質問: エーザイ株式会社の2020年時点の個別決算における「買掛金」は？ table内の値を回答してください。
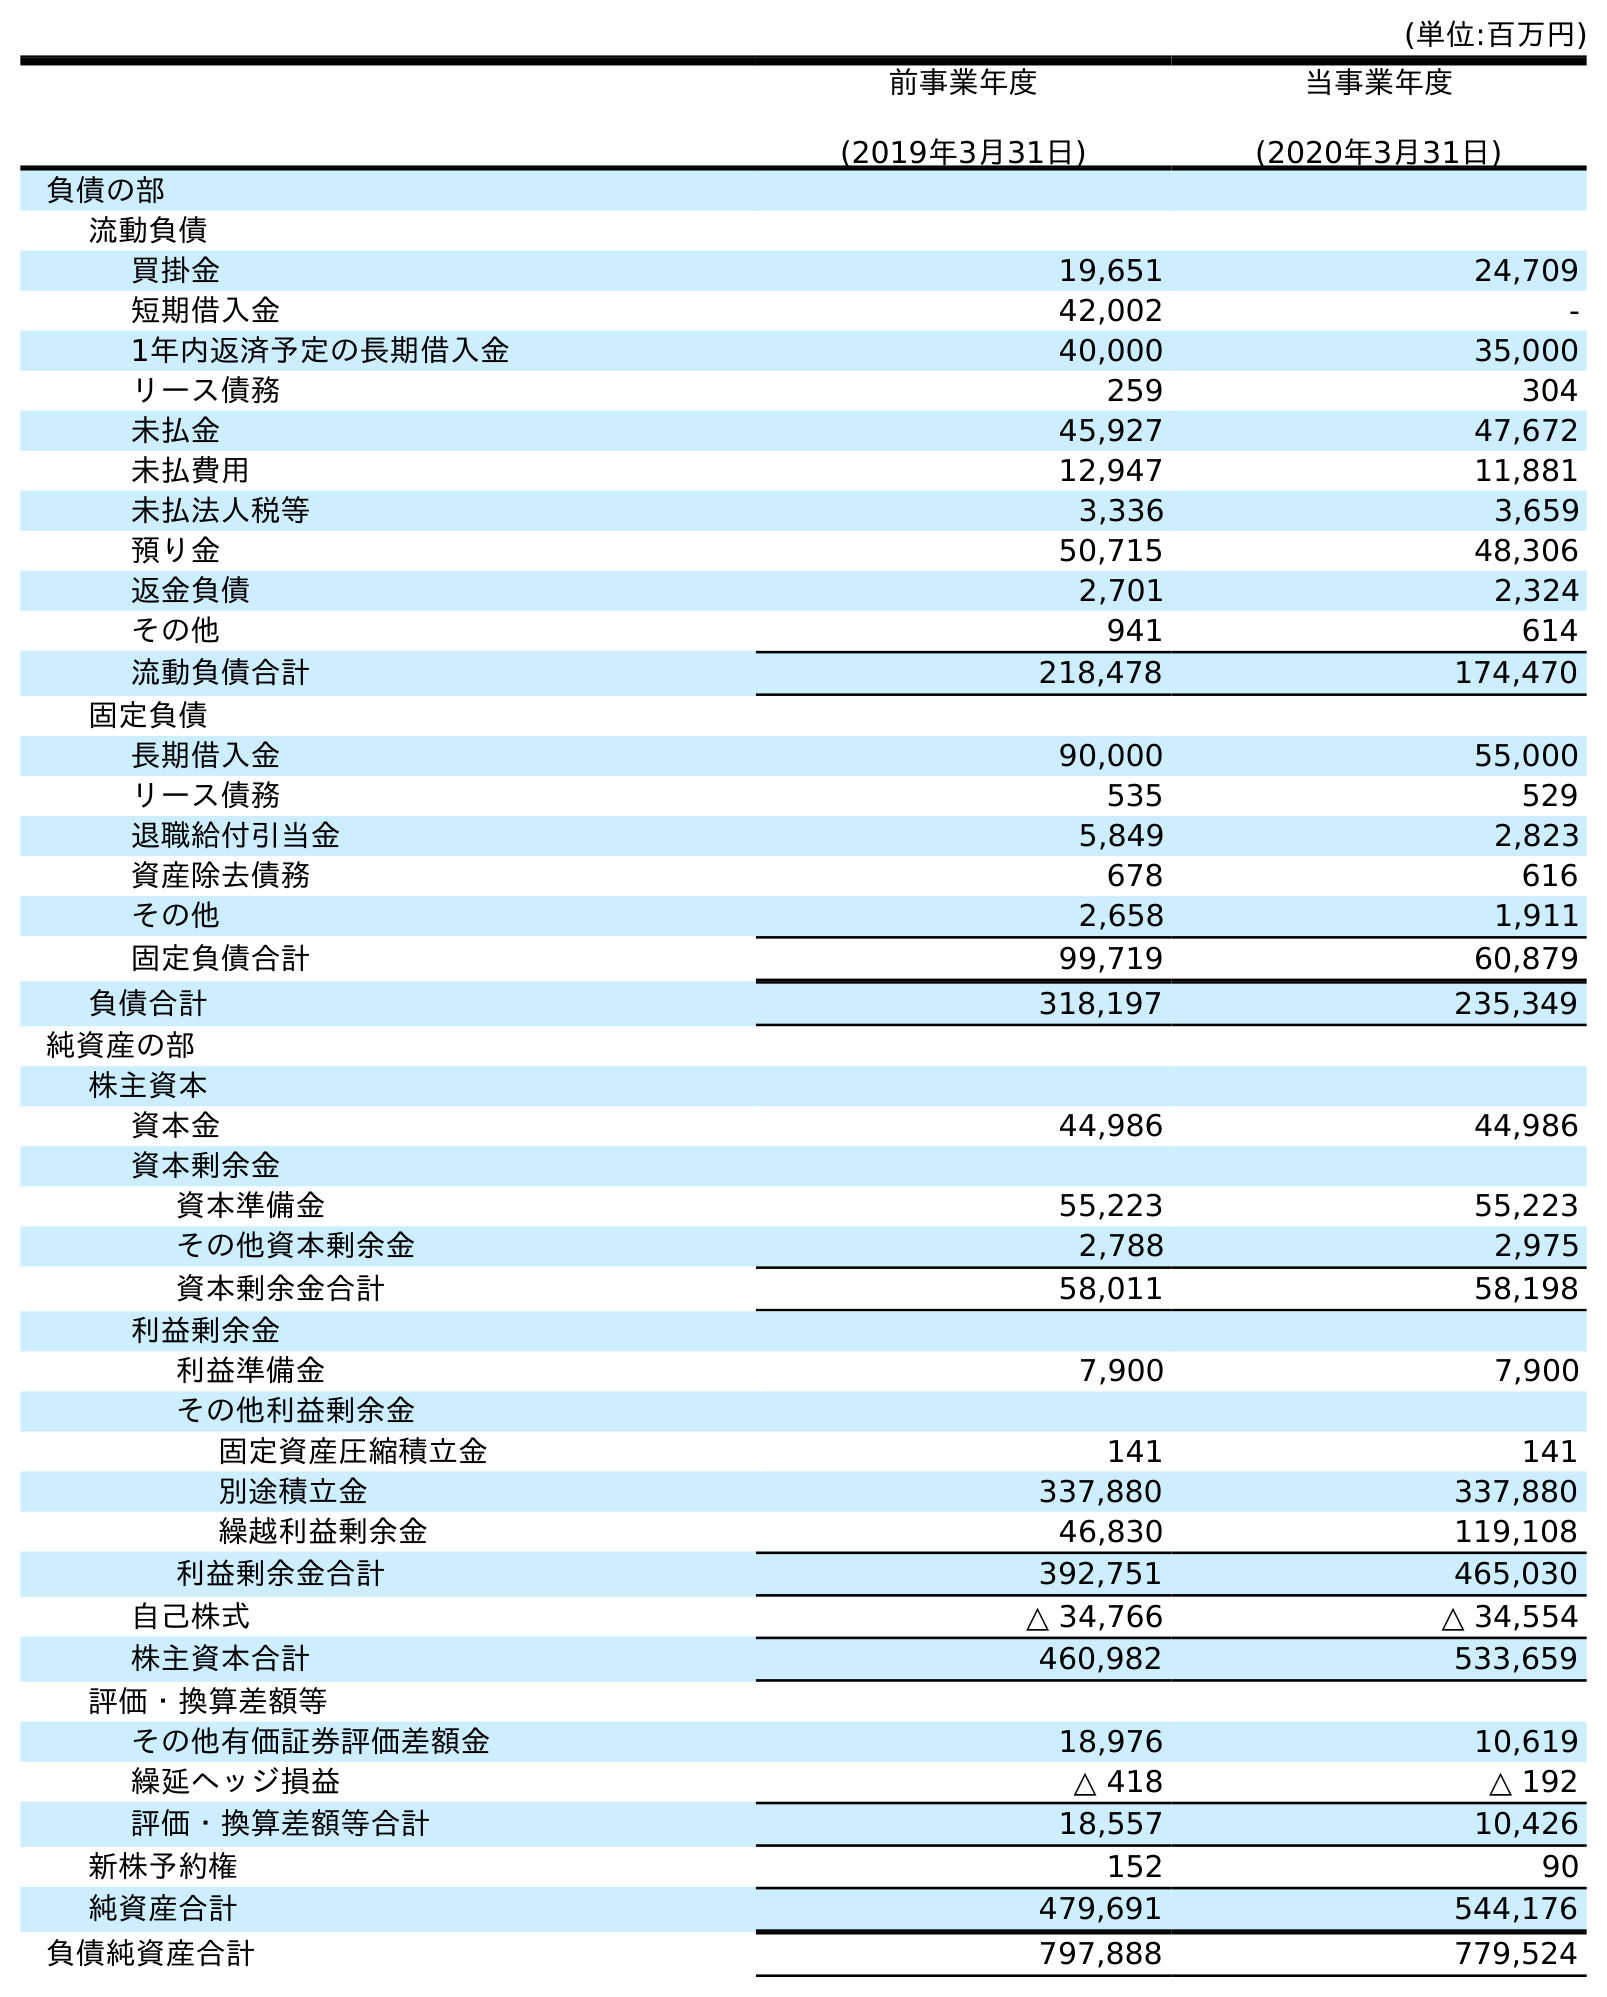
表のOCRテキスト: (単位:百万円) 前事業年度 (2019年3月31日) 当事業年度 (2020年3月31日) 負債の部 流動負債 買掛金 19,651 24,709 短期借入金 42,002 - 1年内返済予定の長期借入金 40,000 35,000 リース債務 259 304 未払金 45,927 47,672 未払費用 12,947 11,881 未払法人税等 3,336 3,659 預り金 50,715 48,306 返金負債 2,701 2,324 その他 941 614 流動負債合計 218,478 174,470 固定負債 長期借入金 90,000 55,000 リース債務 535 529 退職給付引当金 5,849 2,823 資産除去債務 678 616 その他 2,658 1,911 固定負債合計 99,719 60,879 負債合計 318,197 235,349 純資産の部 株主資本 資本金 44,986 44,986 資本剰余金 資本準備金 55,223 55,223 その他資本剰余金 2,788 2,975 資本剰余金合計 58,011 58,198 利益剰余金 利益準備金 7,900 7,900 その他利益剰余金 固定資産圧縮積立金 141 141 別途積立金 337,880 337,880 繰越利益剰余金 46,830 119,108 利益剰余金合計 392,751 465,030 自己株式 △ 34,766 △ 34,554 株主資本合計 460,982 533,659 評価・換算差額等 その他有価証券評価差額金 18,976 10,619 繰延ヘッジ損益 △ 418 △ 192 評価・換算差額等合計 18,557 10,426 新株予約権 152 90 純資産合計 479,691 544,176 負債純資産合計 797,888 779,524
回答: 24,709